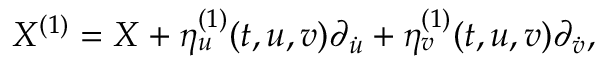
X ^ { ( 1 ) } = X + \eta _ { u } ^ { ( 1 ) } ( t , u , v ) \partial _ { \dot { u } } + \eta _ { v } ^ { ( 1 ) } ( t , u , v ) \partial _ { \dot { v } } , \quad